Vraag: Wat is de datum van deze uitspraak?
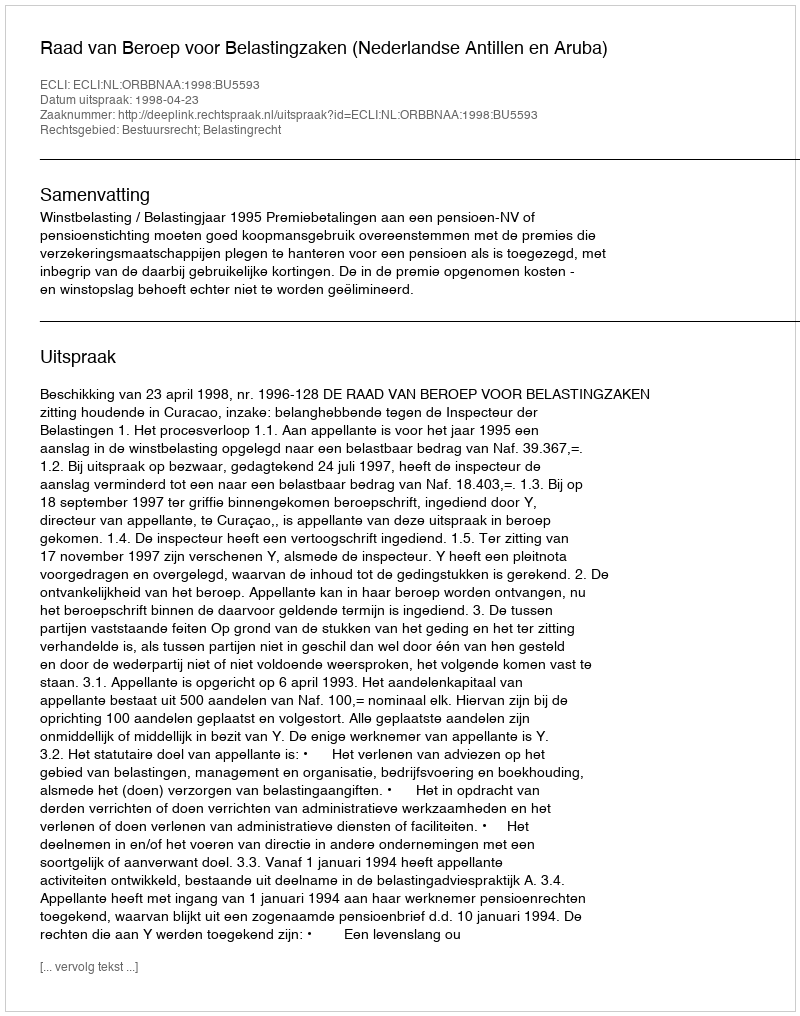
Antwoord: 1998-04-23